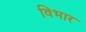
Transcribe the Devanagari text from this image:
विभार